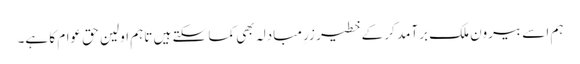
ہم اسے بیرون ملک برآمد کر کے خطیر زرِ مبادلہ بھی کما سکتے ہیں تاہم اولین حق عوام کا ہے۔